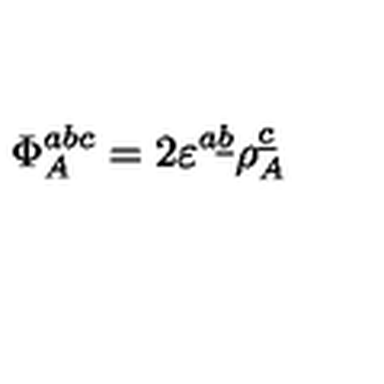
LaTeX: \Phi _ { A } ^ { a b c } = 2 \varepsilon ^ { a \underline { { b } } } \rho _ { A } ^ { \underline { { c } } }